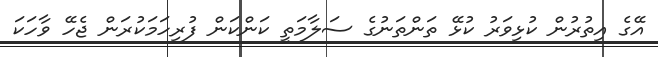
އޭގެ އިތުރުން ކުޅިވަރު ކުޅޭ ތަންތަނުގެ ސަލާމަތީ ކަންކަން ފުރިހަމަކުރަން ޖެހޭ ވާހަކަ